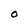
Character: O